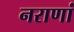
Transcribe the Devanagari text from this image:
नराणां